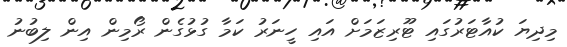
މިދިޔަ ކުއާޓަރުގައި ޓޫރިޒަމަށް އައި ހީނަރު ކަމާ ގުޅުގެން ރޯމިން އިން ލިބުނު